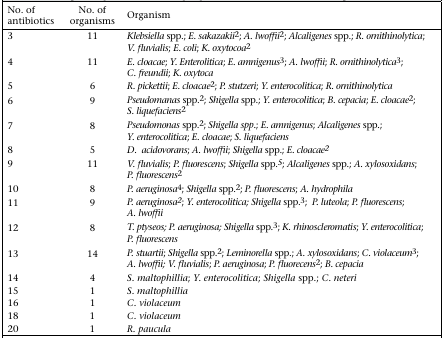
| No. of antibiotics | No. of organisms | Organism |
 | --- | --- | --- |
 | 3 | 11 | Klebsiella spp.; E. sakazakii2; A. lwoffii2; Alcaligenes spp.; R. ornithinolytica; V. fluvialis; E. coli; K. oxytocoa2 |
 | 4 | 11 | E. cloacae; Y. Enterolitica; E. amnigenus3; A. lwoffii; R. ornithinolytica3; C. freundii; K. oxytoca |
 | 5 | 6 | R. pickettii; E. cloacae2; P. stutzeri; Y. enterocolitica; R. ornithinolytica |
 | 6 | 9 | Pseudomanas spp.2; Shigella spp.; Y. enterocolitica; B. cepacia; E. cloacae2; S. liquefaciens2 |
 | 7 | 8 | Pseudomonas spp.2; Shigella spp.; E. amnigenus; Alcaligenes spp.; Y. enterocolitica; E. cloacae; S. liquefaciens |
 | 8 | 5 | D. acidovorans; A. lwoffii; Shigella spp.; E. cloacae2 |
 | 9 | 11 | V. fluvialis; P. fluorescens; Shigella spp.5; Alcaligenes spp.; A. xylosoxidans; P. fluorescens2 |
 | 10 | 8 | P. aeruginosa4; Shigella spp.2; P. fluorescens; A. hydrophila |
 | 11 | 9 | P. aeruginosa2; Y. enterocolitica; Shigella spp.3; P. luteola; P. fluorescens; A. lwoffii |
 | 12 | 8 | T. ptyseos; P. aeruginosa; Shigella spp.3; K. rhinoscleromatis; Y. enterocolitica; P. fluorescens |
 | 13 | 14 | P. stuartii; Shigella spp.2; Leminorella spp.; A. xylosoxidans; C. violaceum3; A. lwoffii; V. fluvialis; P. aeruginosa; P. fluorecens2; B. cepacia |
 | 14 | 4 | S. maltophillia; Y. enterocolitica; Shigella spp.; C. neteri |
 | 15 | 1 | S. maltophillia |
 | 16 | 1 | C. violaceum |
 | 18 | 1 | C. violaceum |
 | 20 | 1 | R. paucula |